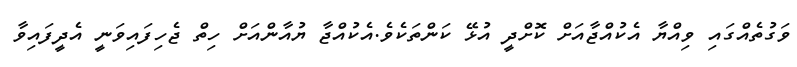
ވަގުތެއްގައި ވިއްޔާ އެކުއްޖާއަށް ކޮށްދީ އުޅޭ ކަންތަކެވެ.އެކުއްޖާ ޔުއާންއަށް ހިތް ޖެހިފައިވަނީ އެދީފައިވާ